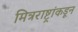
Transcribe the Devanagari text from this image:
मित्रराष्ट्रांकडून